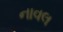
નાવલ